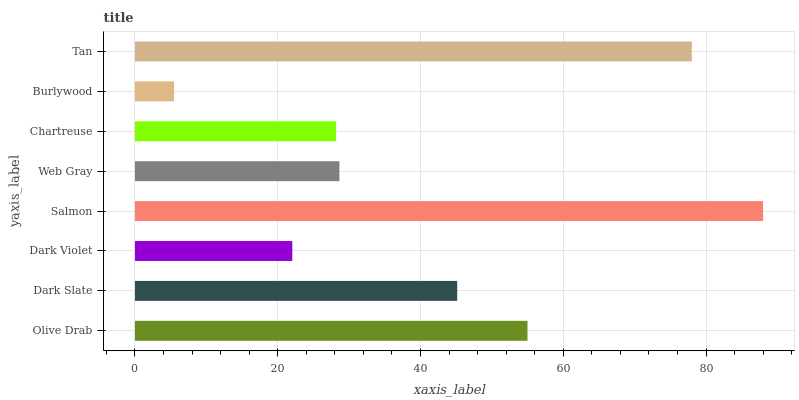
| yaxis_label | bars |
 | --- | --- |
 | Olive Drab | 55 |
 | Dark Slate | 45.1 |
 | Dark Violet | 22 |
 | Salmon | 88 |
 | Web Gray | 28.6 |
 | Chartreuse | 28.2 |
 | Burlywood | 5.47 |
 | Tan | 78 |